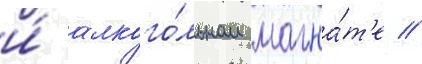
и́ алкого́льном магна́т'е //